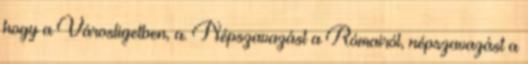
hogy a Városligetben, a. Népszavazást a Rómairól, népszavazást a